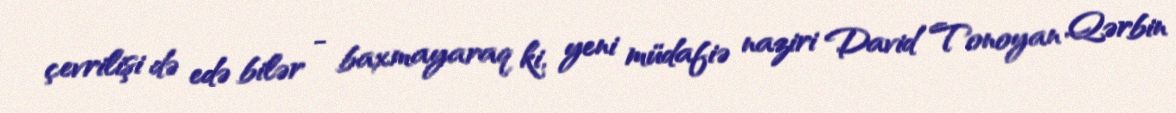
çevrilişi də edə bilər - baxmayaraq ki, yeni müdafiə naziri David Tonoyan Qərbin